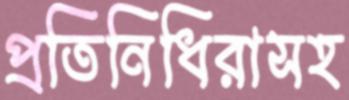
প্রতিনিধিরাসহ